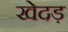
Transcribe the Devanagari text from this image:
खेदड़